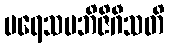
ပရေသမဘိဇိဂီသတိ